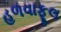
હળવાફૂલ